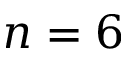
n = 6